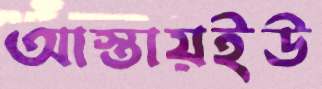
আস্তায়ইউ